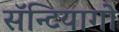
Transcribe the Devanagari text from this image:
सॅन्टियागो